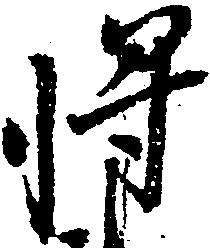
将